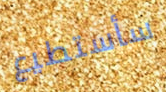
سأستطيع